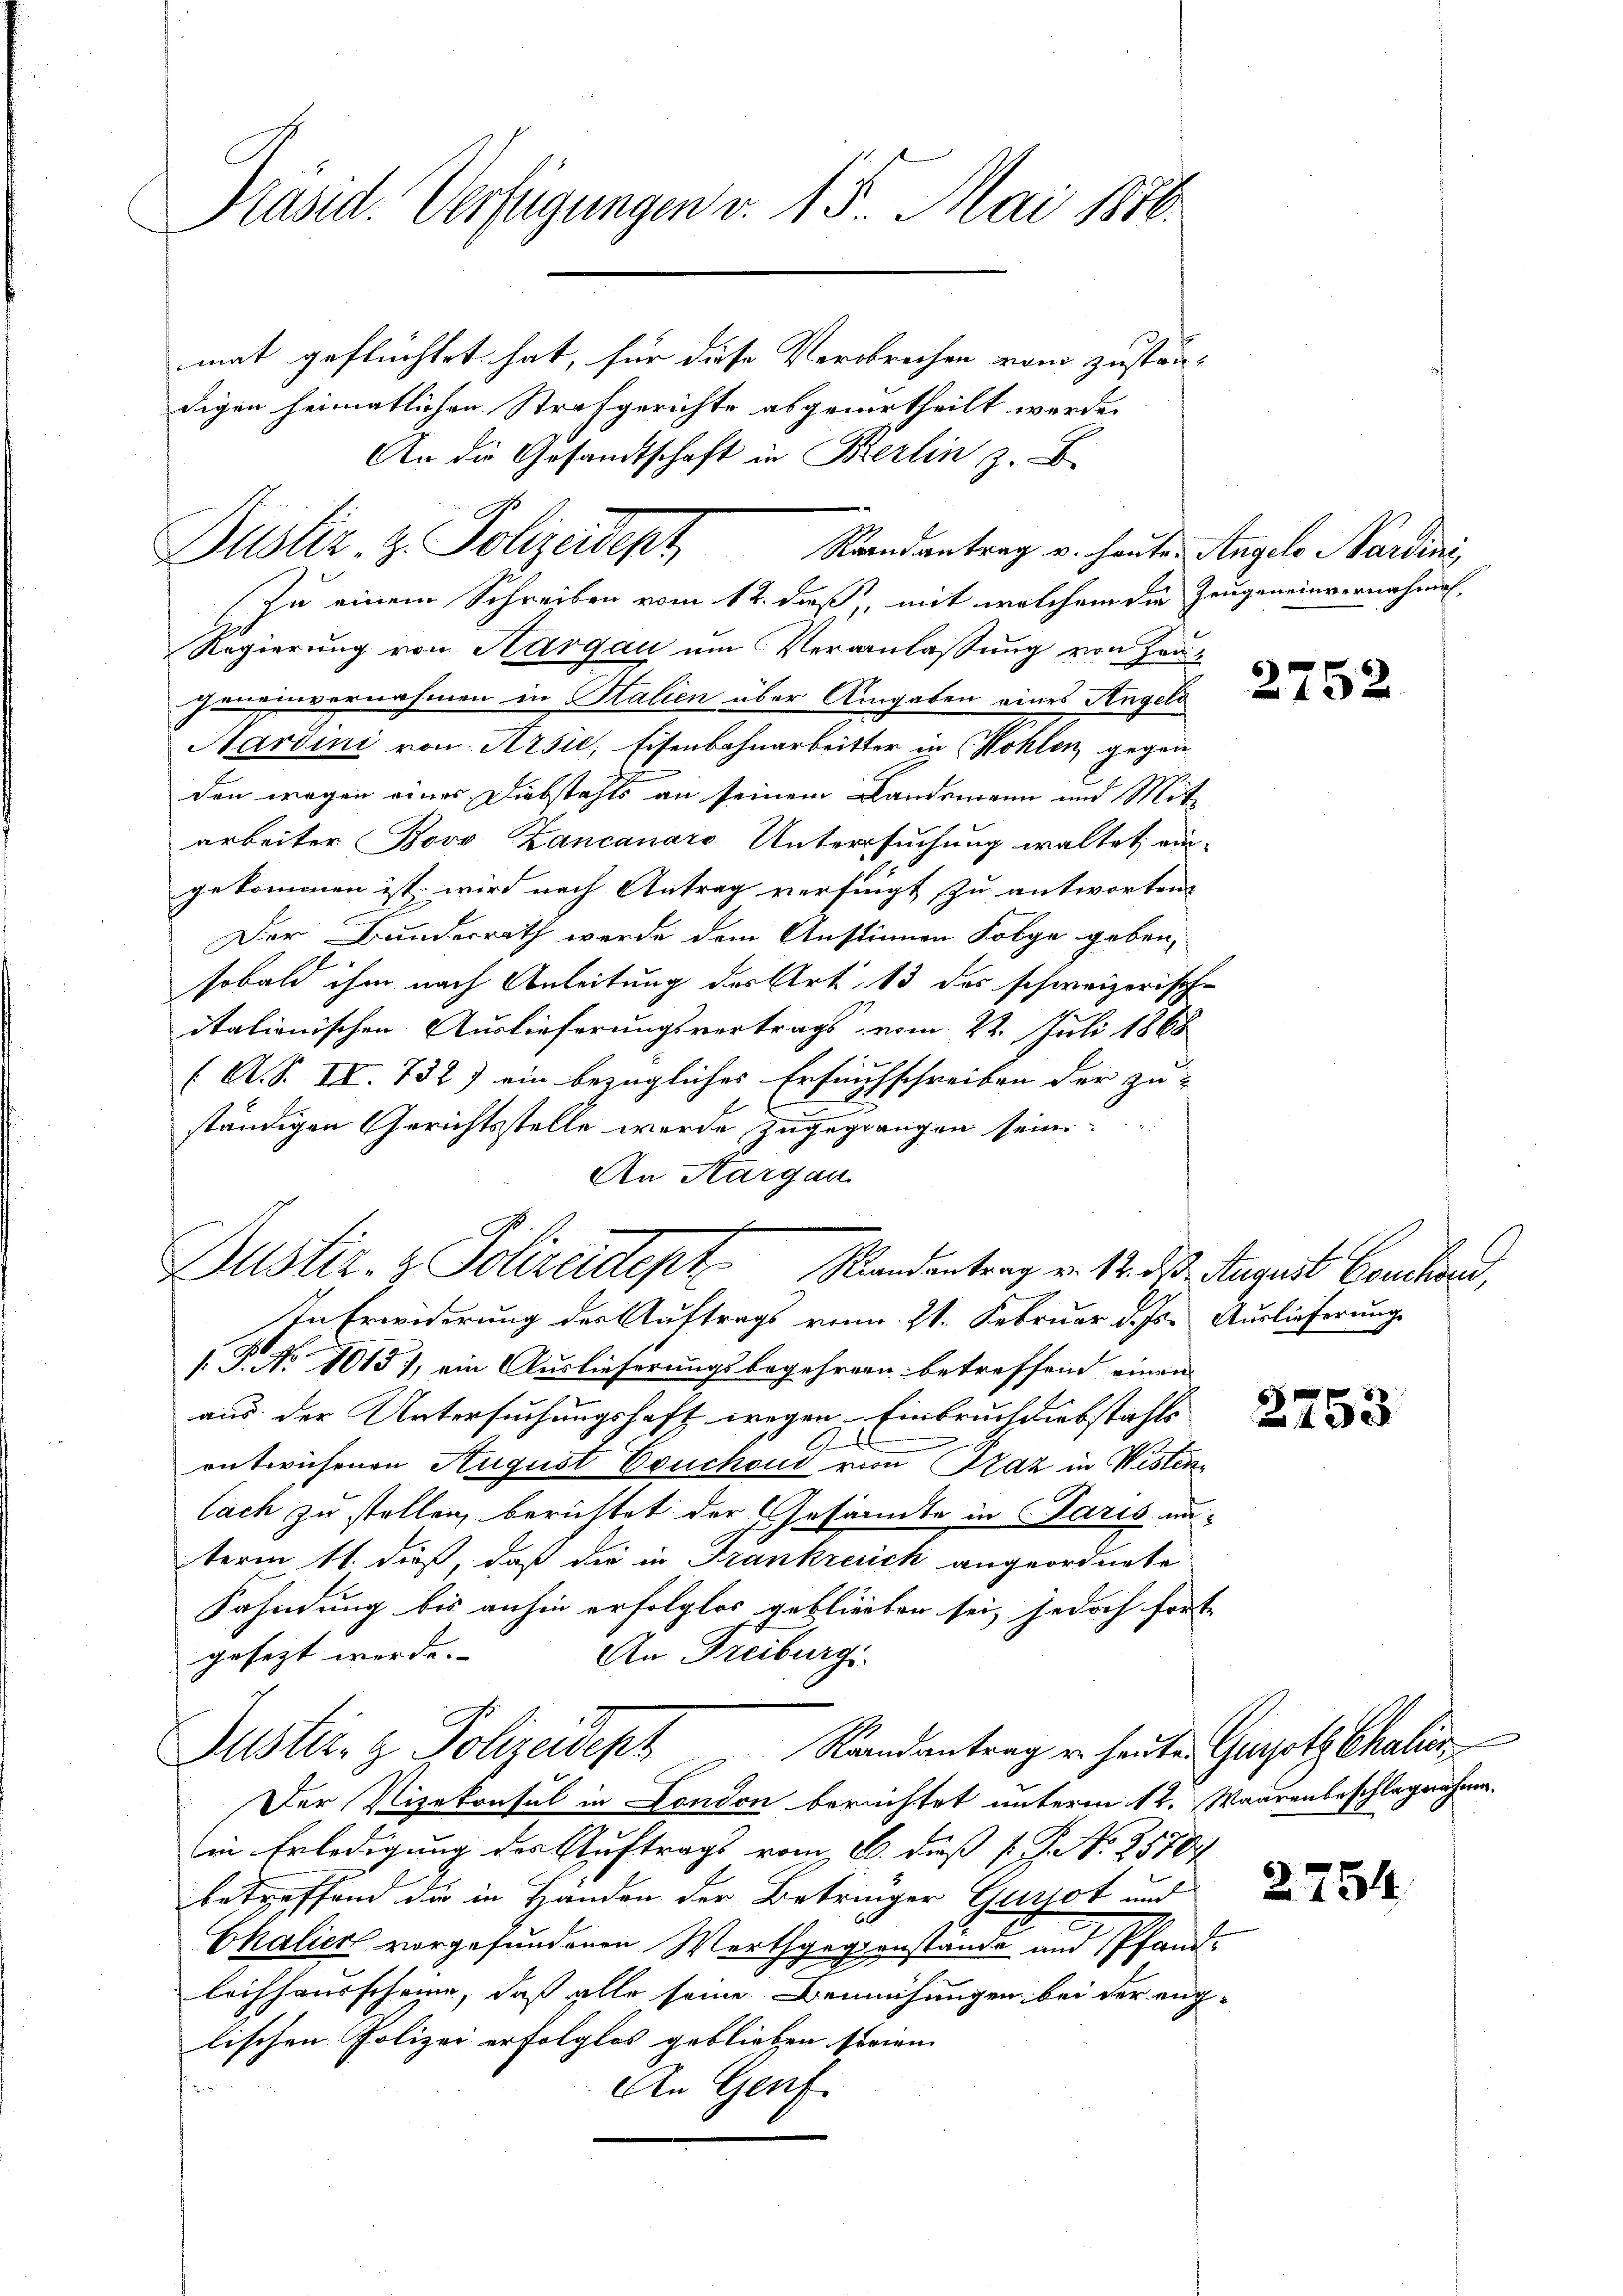
Präsid. Verfügungen v. 15. Mai 1870.
mat geflüchtet hat, für diese Verbrechen vom zustän-
digen heimatlichen Strafgerichte abgeurtheilt werde.

Raandantrag v. heute Angels Nardini,
Regierung von Aargau um Veranlassung von Frag
Jungenvernahmen in Halien über Angaben eines Angels
Hardini von Arsić, Eisenbahnarbeitter in (Kohlen, gegen
den wegen eines Diebstahls an seinem Landsmann und Mitarbeiter Bovo Zancanaro Untersuchung waltet ein-
gekommen ist, wird nach Antrag verfügt zu antworten,
Der Bundesrath werde dem Anstimmen Folge geben,
sobald ihm nach Anleitung der Art. 13 des schweizerische
itationischen Auslieferungsvertrags vom 22. Juli 1868
(A. S. II. 732) ein bezügliches Erfurchschreiben der zu-
ständigen Gerichtsstelle werde zugegrangen sein
An Aargau
Justiz- & Polizeidept Mandantrag v. 12. ds. August Conschen,
In Erwiderung der Auftrags vom 21. Februar d. Js. Auslieferung
/J. No 1015), ein Auslieferungsbegehrern betreffend einen
aus der Untersuchungshaft wegen Einbruch diebstahls
entwichenen August Couchoud vom Graz in Westen
Cach zu stellen, berichtet der Gesandte in Paris unterm 11. dieß, daß die in Frankreich angeordnete
Fahndung bis anhin erfolglos geblieben sei, jedoch forte
gesezt werde. |
An Freiburg
Justiz- & Polizeideph Randantrag u. heute Gesetz kalien
Der Vizekonsul in London berechtet unterm 12. Waarenbeschlagnahmin Erledigung der Auftrags vom 6. dieß (S. 2570/
betreffend die in Händen der Betringer Gursot und
Chalick vorgefundenen Werthgegenstände und Pfandleichhausscheine, daß alle seine Bemühungen bei der eng-
lischen Polizei erfolglos geblieben strien. |

An Genf

An die Gesandtschaft in Bierlin z.

Justiz- & Polizeidept
Zu einem Schreiben vom 12. dieß, mit welchem die Zeugeneinvernahmen,

2752

2753

2754.